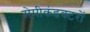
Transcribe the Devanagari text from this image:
सेमीकंडक्टरों